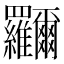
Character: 鿡